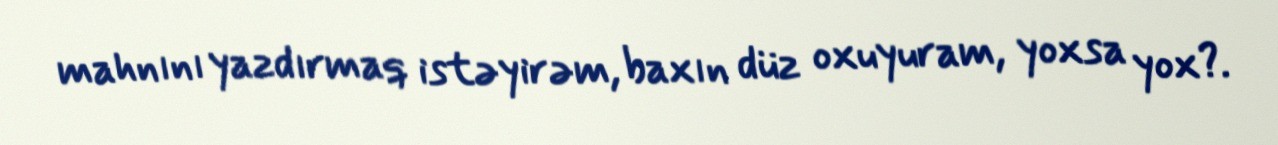
mahnını yazdırmaq istəyirəm, baxın düz oxuyuram, yoxsa yox?.